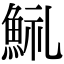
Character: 𩷋